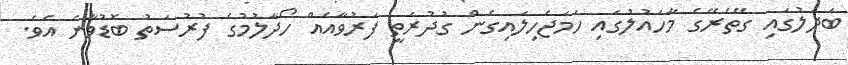
ބަދަލުގައި ގޭތެރޭގެ މާހައުލުގައި ހަމަޖެހިލައިގެން ގުދުރަތީ ފަރުވާއެއް ހޯދާލުމުގެ ފުރުސަތު ބޮޑުވާނެ އެވެ.